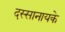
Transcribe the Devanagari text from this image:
दस्सानायके